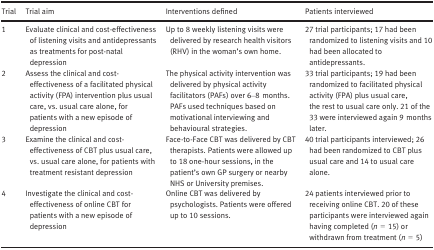
<table><thead><tr><td><b>Trial</b></td><td><b>Trial aim</b></td><td><b>Interventions defined</b></td><td><b>Patients interviewed</b></td></tr></thead><tbody><tr><td>1</td><td>Evaluate clinical and cost‐effectiveness of listening visits and antidepressants as treatments for post‐natal depression</td><td>Up to 8 weekly listening visits were delivered by research health visitors (RHV) in the woman&#x27;s own home.</td><td>27 trial participants; 17 had been randomized to listening visits and 10 had been allocated to antidepressants.</td></tr><tr><td>2</td><td>Assess the clinical and cost‐effectiveness of a facilitated physical activity (FPA) intervention plus usual care, vs. usual care alone, for patients with a new episode of depression</td><td>The physical activity intervention was delivered by physical activity facilitators (PAFs) over 6–8 months. PAFs used techniques based on motivational interviewing and behavioural strategies.</td><td>33 trial participants; 19 had been randomized to facilitated physical activity (FPA) plus usual care, the rest to usual care only. 21 of the 33 were interviewed again 9 months later.</td></tr><tr><td>3</td><td>Examine the clinical and cost‐effectiveness of CBT plus usual care, vs. usual care alone, for patients with treatment resistant depression</td><td>Face‐to‐Face CBT was delivered by CBT therapists. Patients were allowed up to 18 one‐hour sessions, in the patient&#x27;s own GP surgery or nearby NHS or University premises.</td><td>40 trial participants interviewed; 26 had been randomized to CBT plus usual care and 14 to usual care alone.</td></tr><tr><td>4</td><td>Investigate the clinical and cost‐effectiveness of online CBT for patients with a new episode of depression</td><td>Online CBT was delivered by psychologists. Patients were offered up to 10 sessions.</td><td>24 patients interviewed prior to receiving online CBT. 20 of these participants were interviewed again having completed (<i>n</i> = 15) or withdrawn from treatment (<i>n</i> = 5)</td></tr></tbody></table>